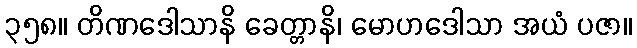
၃၅၈။ တိဏဒေါသာနိ ခေတ္တာနိ၊ မောဟဒေါသာ အယံ ပဇာ။